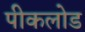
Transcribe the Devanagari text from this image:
पीकलोड